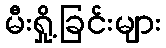
မီးရှို့ခြင်းများ